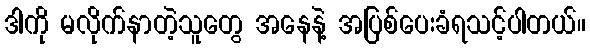
ဒါကို မလိုက်နာတဲ့သူတွေ အနေနဲ့ အပြစ်ပေးခံရသင့်ပါတယ်။